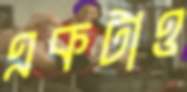
একটাও